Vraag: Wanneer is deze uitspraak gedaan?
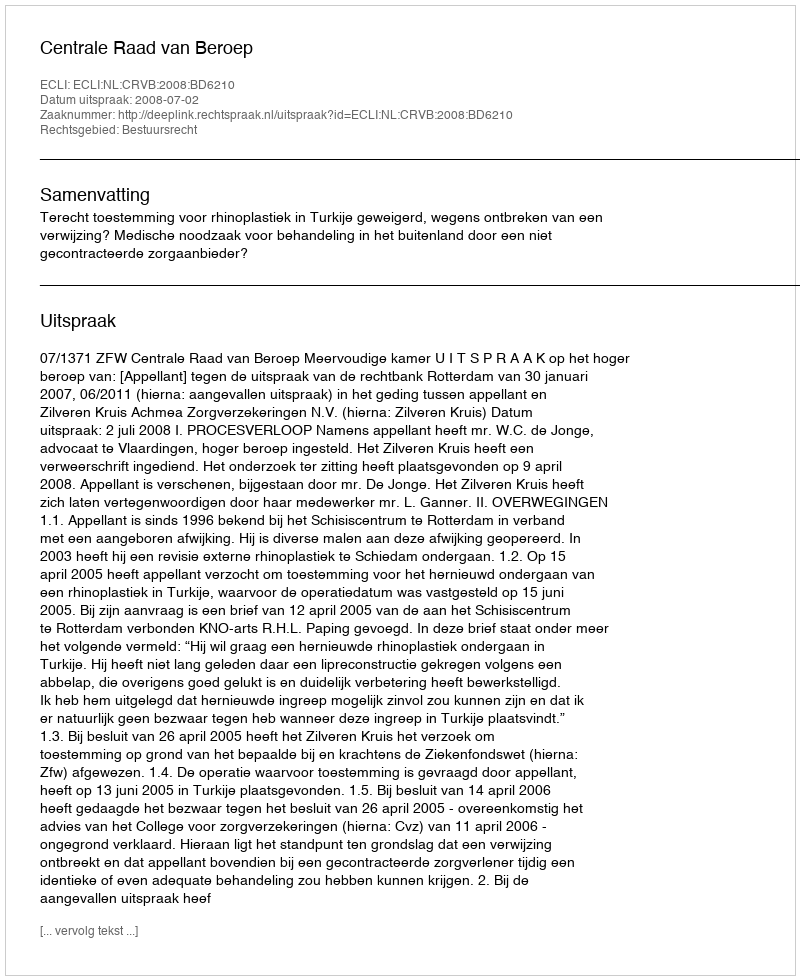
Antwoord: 2008-07-02